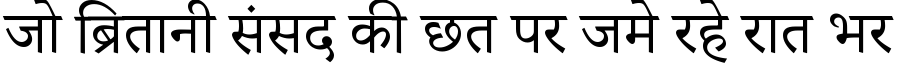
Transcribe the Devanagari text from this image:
जो ब्रितानी संसद की छत पर जमे रहे रात भर